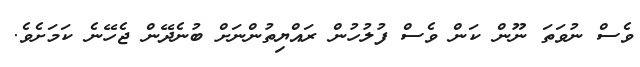
ވެސް ނުވަތަ ނޫން ކަން ވެސް ފުލުހުން ރައްޔިތުންނަށް ބުނެދޭން ޖެހޭނެ ކަމަށެވެ.